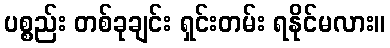
ပစ္စည်း တစ်ခုချင်း ရှင်းတမ်း ရနိုင်မလား။